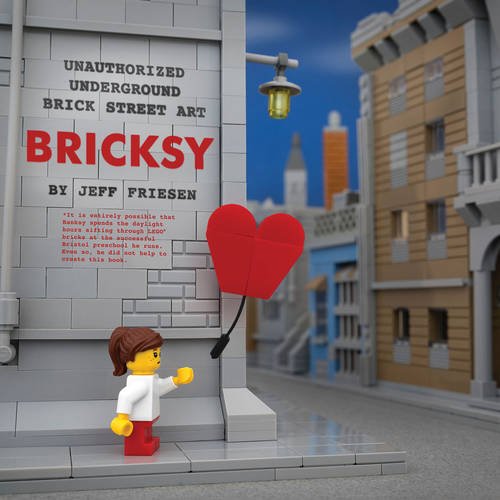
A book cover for Bricksy: Unauthorized Underground Brick Street Art; Arts & Photography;